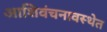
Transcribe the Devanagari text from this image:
आशिवंचनावस्थेत